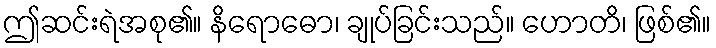
ဤဆင်းရဲအစု၏။ နိရောဓော၊ ချုပ်ခြင်းသည်။ ဟောတိ၊ ဖြစ်၏။